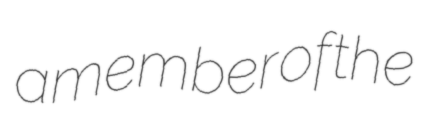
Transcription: a member of the